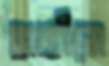
হাতীমে